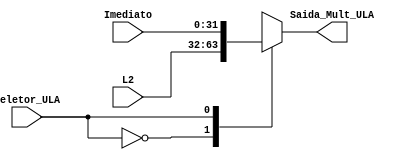
module Mult_ULA
(
input [31:0] L2,
input [31:0] Imediato,
input Seletor_ULA,
output wire [31:0] Saida_Mult_ULA
);
reg [31:0] Saida;
assign Saida_Mult_ULA=Saida;
always@ (*)
	begin
		case(Seletor_ULA)
			1'b0:Saida=L2;
			1'b1:Saida=Imediato;
			default:Saida=L2;
		endcase 
	end
endmodule